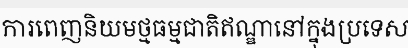
ការពេញនិយមថ្មធម្មជាតិឥណ្ឌានៅក្នុងប្រទេស